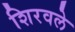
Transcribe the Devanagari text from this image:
शिरवले